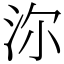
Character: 沵